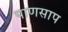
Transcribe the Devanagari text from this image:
पाणसाप